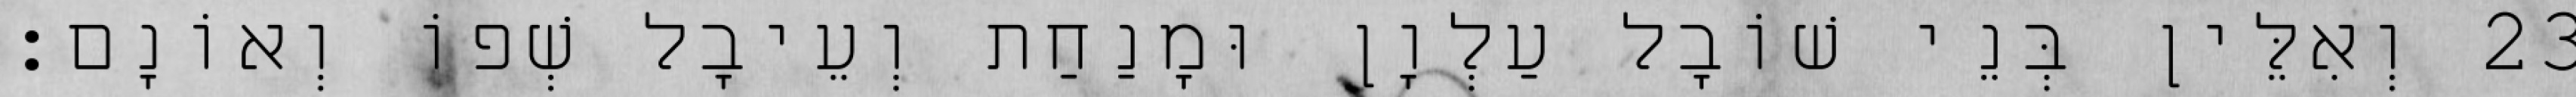
23 וְאִלֵּין בְּנֵי שׁוֹבָל עַלְוָן וּמָנַחַת וְעֵיבָל שְׁפוֹ וְאוֹנָם׃